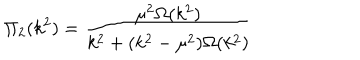
\Pi _ { 2 } ( k ^ { 2 } ) = \frac { \mu ^ { 2 } \Omega ( k ^ { 2 } ) } { k ^ { 2 } + ( k ^ { 2 } - \mu ^ { 2 } ) \Omega ( k ^ { 2 } ) }